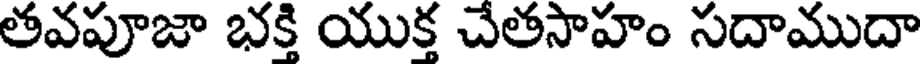
తవపూజా భక్తి యుక్త చేతసాహం సదాముదా